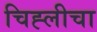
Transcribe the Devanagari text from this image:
चिह्लीचा